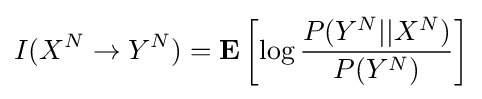
I(X^{N}\rightarrow Y^{N})=\mathbf {E} \left[\log {\frac {P(Y^{N}||X^{N})}{P(Y^{N})}}\right]